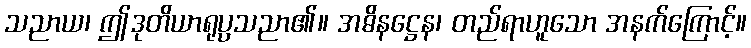
သညာယ၊ ဤဒုတိယာရုပ္ပသညာ၏။ အဓိနဋ္ဌေန၊ တည်ရာဟူသော အနက်ကြောင့်။